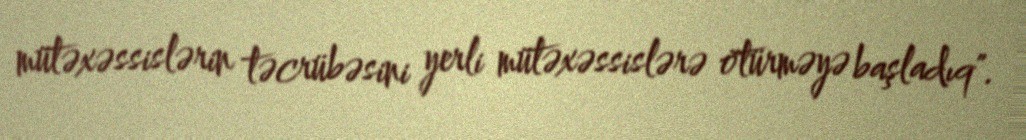
mütəxəssislərin təcrübəsini yerli mütəxəssislərə ötürməyə başladıq".